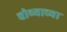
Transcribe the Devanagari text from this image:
चोथ्याच्या